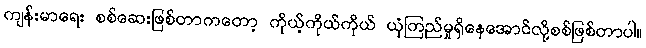
ကျန်းမာရေး စစ်ဆေးဖြစ်တာကတော့ ကိုယ့်ကိုယ်ကိုယ် ယုံကြည်မှုရှိနေအောင်လို့စစ်ဖြစ်တာပါ။